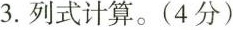
3.列式计算。(4分)